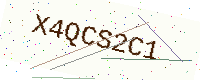
Text: X4QCS2C1